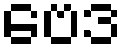
ဗေဒ